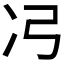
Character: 𮰆